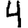
Digit: 4